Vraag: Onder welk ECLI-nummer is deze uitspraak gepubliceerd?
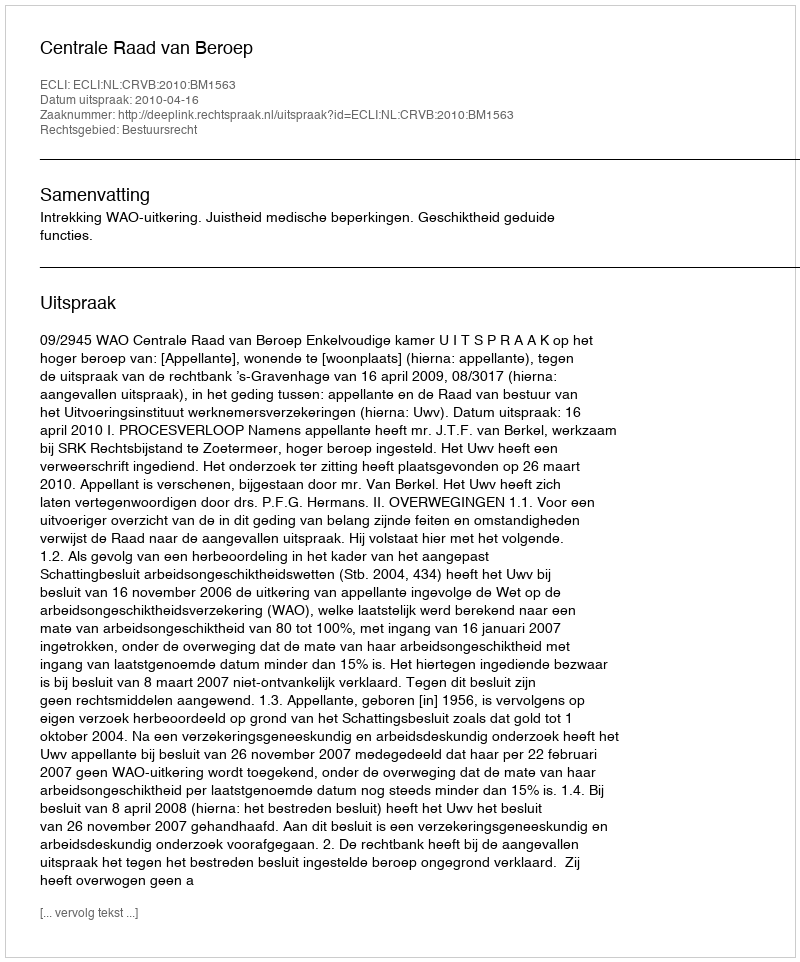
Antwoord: ECLI:NL:CRVB:2010:BM1563